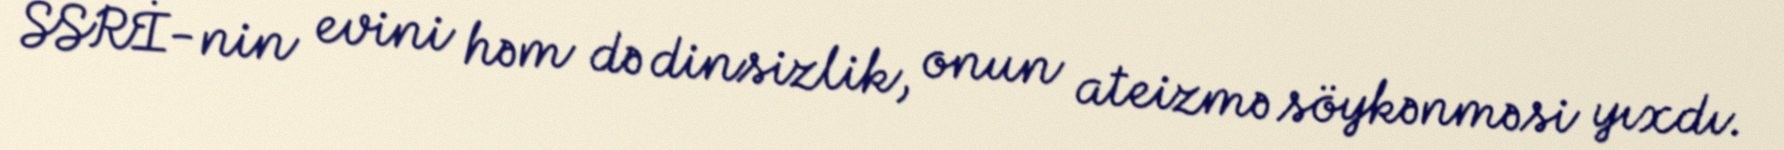
SSRİ-nin evini həm də dinsizlik, onun ateizmə söykənməsi yıxdı.